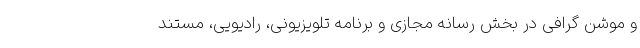
و موشن گرافی در بخش رسانه مجازی و برنامه تلویزیونی، رادیویی، مستند